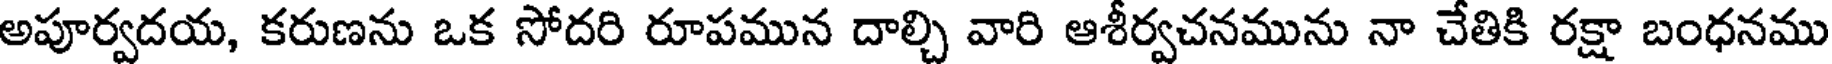
అపూర్వదయ, కరుణను ఒక సోదరి రూపమున దాల్చి వారి ఆశీర్వచనమును నా చేతికి రక్షా బంధనము